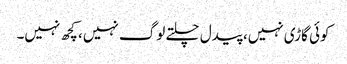
کوئی گاڑی نہیں، پیدل چلتے لوگ نہیں، کچھ نہیں۔